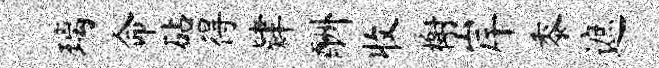
璃命砧得肄酬收榭岸黍遮